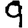
Digit: 9